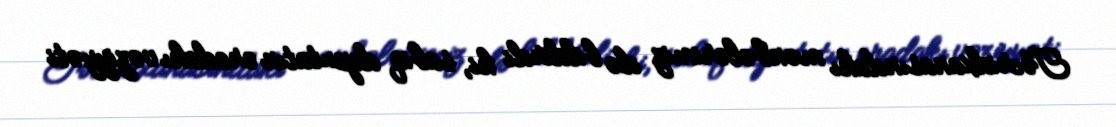
Təcridxanasındakı mənbələrimiz də bildirdi ki, sabiq deputatın oradakı vəziyyəti